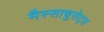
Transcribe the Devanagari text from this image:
मैस्साचुसेट्स